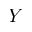
Y